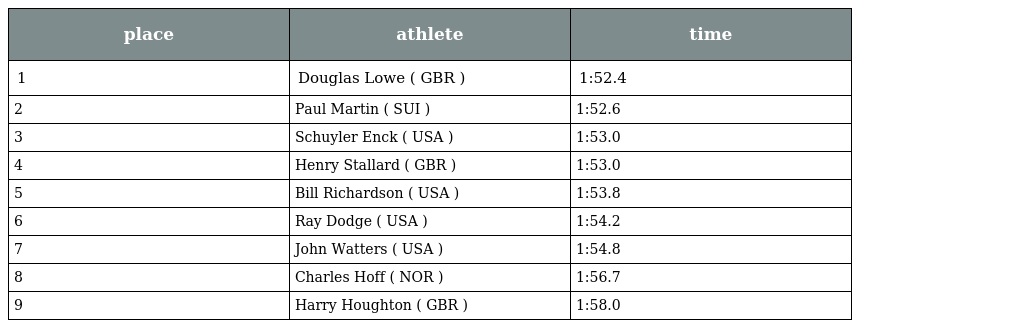
| place | athlete | time |
 | --- | --- | --- |
 | 1 | Douglas Lowe ( GBR ) | 1:52.4 |
 | 2 | Paul Martin ( SUI ) | 1:52.6 |
 | 3 | Schuyler Enck ( USA ) | 1:53.0 |
 | 4 | Henry Stallard ( GBR ) | 1:53.0 |
 | 5 | Bill Richardson ( USA ) | 1:53.8 |
 | 6 | Ray Dodge ( USA ) | 1:54.2 |
 | 7 | John Watters ( USA ) | 1:54.8 |
 | 8 | Charles Hoff ( NOR ) | 1:56.7 |
 | 9 | Harry Houghton ( GBR ) | 1:58.0 |